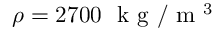
\rho = 2 7 0 0 ~ \mathrm { ~ k ~ g ~ } / \mathrm { ~ m ~ } ^ { 3 }